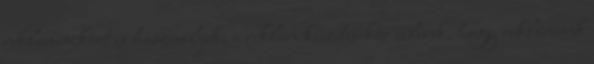
reklámeszközt is használjuk, a reklám készítésekor célunk, hogy reklámunk